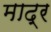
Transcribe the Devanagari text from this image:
माद्र